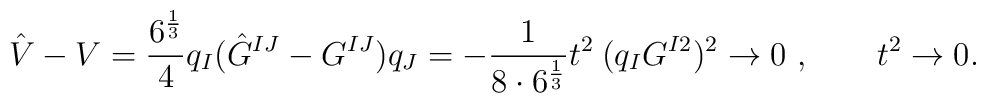
\hat V - V =  \frac{6^{\frac{1}{3}}}{4}q_I ( \hat  G^{IJ}  -   G^{IJ})q_J  = -  \frac{1}{8 \cdot 6^{\frac{1}{3}}}  t^2 \:(q_I    G^{I2} )^2   \rightarrow 0\ , \qquad t^2 \rightarrow 0.